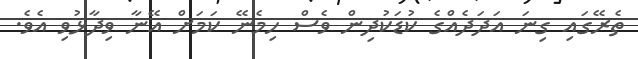
ތެރޭގައި ގިނަ އަދަދެއްގެ ކުޑަކުދިން ވެސް ހިމެނޭ ކަމަށް އޭނާ ވިދާޅުވި އެވެ.